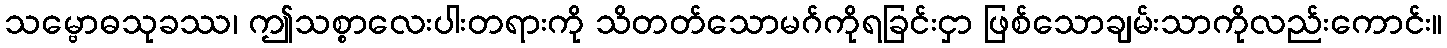
သမ္ဗောဓသုခဿ၊ ဤသစ္စာလေးပါးတရားကို သိတတ်သောမဂ်ကိုရခြင်းငှာ ဖြစ်သောချမ်းသာကိုလည်းကောင်း။